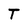
Character: T